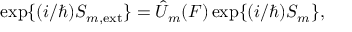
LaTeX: \mathrm { e x p } \{ ( i / \hbar ) S _ { m , \mathrm { e x t } } \} = \hat { U } _ { m } ( F ) \, \mathrm { e x p } \{ ( i / \hbar ) S _ { m } \} ,